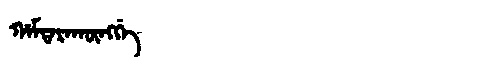
Manchu: ᡥᠠᠮᡨᠠᡵᠠᡴᡡᠩᡤᡝ
Romanization: HAMTARAKŪNGGE